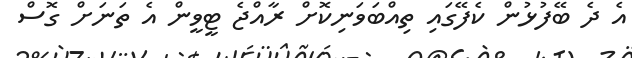
އެ ދެ ބޭފުޅުން ކެފޭގައި ތިއްބަވަނިކޮށް ރާއްޖެ ޓީވީން އެ ތަނަށް ގޮސް